Plague in India, 1896, 1897 - Volume 2
Year: 1896
Disease focus: Plague
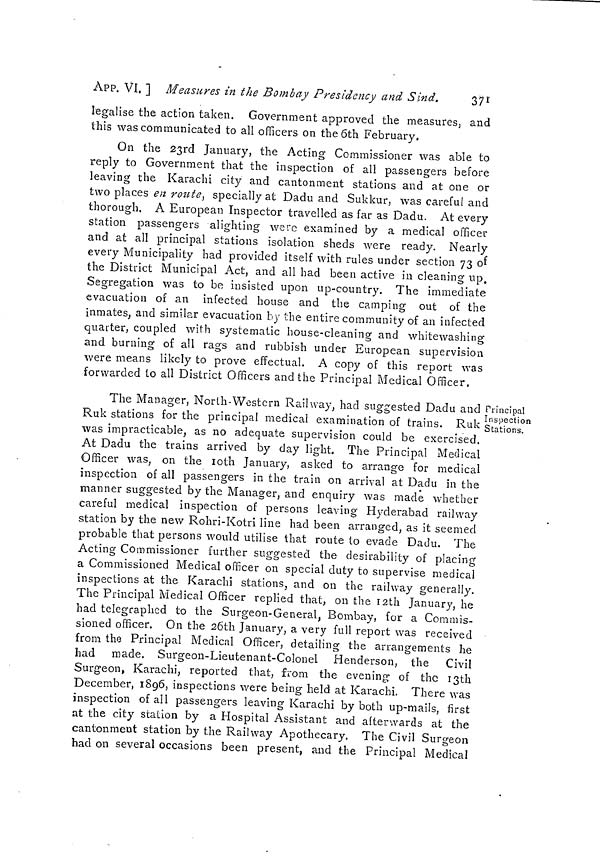
371
APP. VI. ] Measures in the Bombay Presidency and Sind.
legalise the action taken. Government approved the measures, and
this was communicated to all officers on the 6th February,
On the 23rd January, the Acting Commissioner was able to
reply to Government that the inspection of all passengers before
leaving the Karachi city and cantonment stations and at one or
two places en route, specially at Dadu and Sukkur, was careful and
thorough. A European Inspector travelled as far as Dadu. At every
station passengers alighting were examined by a medical officer
and at all principal stations isolation sheds were ready. Nearly
every Municipality had provided itself with rules under section 73 oí
the District Municipal Act, and all had been active in cleaning up.
Segregation was to be insisted upon up-country. The immediate
evacuation of an infected house and the camping out of the
inmates, and similar evacuation by the entire community of an infected
quarter, coupled with systematic house-cleaning and whitewashing
and burning of all rags and rubbish under European supervision
were means likely to prove effectual. A copy of this report was
forwarded to all District Officers and the Principal Medical Officer.
Principal
Inspection
Stations.
The Manager, North-Western Railway, had suggested Dadu and
Ruk stations for the principal medical examination of trains.
Ruk
was impracticable, as no adequate supervision could be exercised.
At Dadu the trains arrived by day light. The Principal Medical
Officer was, on the 10th January, asked to arrange for medical
inspection of all passengers in the train on arrival at Dadu in the
manner suggested by the Manager, and enquiry was made whether
careful medical inspection of persons leaving Hyderabad railway
station by the new Rohri-Kotri line had been arranged, as it seemed
probable that persons would utilise that route to evade Dadu. The
Acting Commissioner further suggested the desirability of placing
a Commissioned Medical officer on special duty to supervise medical
inspections at the Karachi stations, and on the railway generally.
The Principal Medical Officer replied that, on the 12th January, he
had telegraphed to the Surgeon-General, Bombay, for a Commis-
sioned officer. On the 26th January, a very full report was received
from the Principal Medical Officer, detailing the arrangements he
had made. Surgeon-Lieutenant-Colonel
Henderson, the Civil
Surgeon, Karachi, reported that, from the evening of the 13th
December, 1896, inspections were being held at Karachi. There was
inspection of all passengers leaving Karachi by both up-mails, first
at the city station by a Hospital Assistant and afterwards at the
cantonment station by the Railway Apothecary. The Civil Surgeon
had on several occasions been present, and the Principal Medical